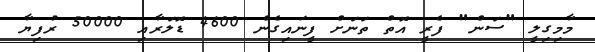
މާމިގިލީ "ސަން" ފެރީ އޮތް ތަނަށް ފީނައިގެން 4600 ޑޮލަރާއި 50000 ރުފިޔާ